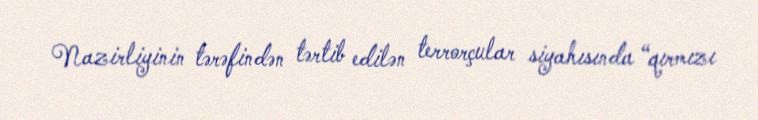
Nazirliyinin tərəfindən tərtib edilən terrorçular siyahısında “qırmızı